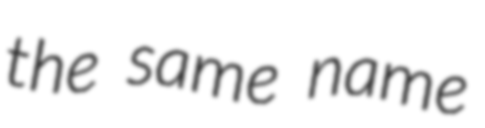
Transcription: the same name